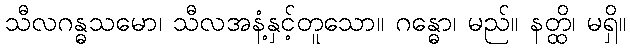
သီလဂန္ဓသမော၊ သီလအနံ့နှင့်တူသော။ ဂန္ဓော၊ မည်။ နတ္ထိ၊ မရှိ။